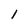
Character: 1